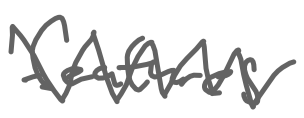
Text: features
Cross-out: zig-zag
Writing tool: digital_gray